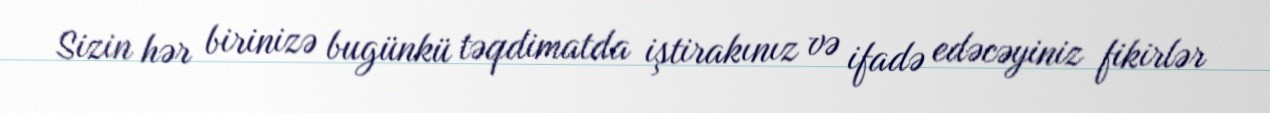
Sizin hər birinizə bugünkü təqdimatda iştirakınız və ifadə edəcəyiniz fikirlər